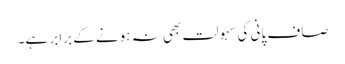
صاف پانی کی سہولت بھی نہ ہونے کے برابر ہے۔